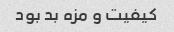
کیفیت و مزه بد بود